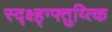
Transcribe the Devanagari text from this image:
स्द्क्ष्ह्ग्फ्तुय्त्कि